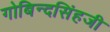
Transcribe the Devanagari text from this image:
गोबिन्दसिंहजी